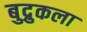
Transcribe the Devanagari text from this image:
बुद्रुकला